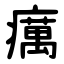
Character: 癘